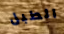
الطبل